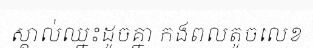
ស្គាល់ឈ្នះដូចគ្នា កងពលតូចលេខ